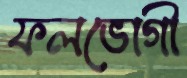
ফলভোগী